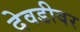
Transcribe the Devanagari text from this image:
देवडीवर